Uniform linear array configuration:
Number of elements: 48
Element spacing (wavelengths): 0.25
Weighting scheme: exponential
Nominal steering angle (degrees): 0
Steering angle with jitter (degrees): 1.968
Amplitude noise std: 0.05
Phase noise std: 0.05

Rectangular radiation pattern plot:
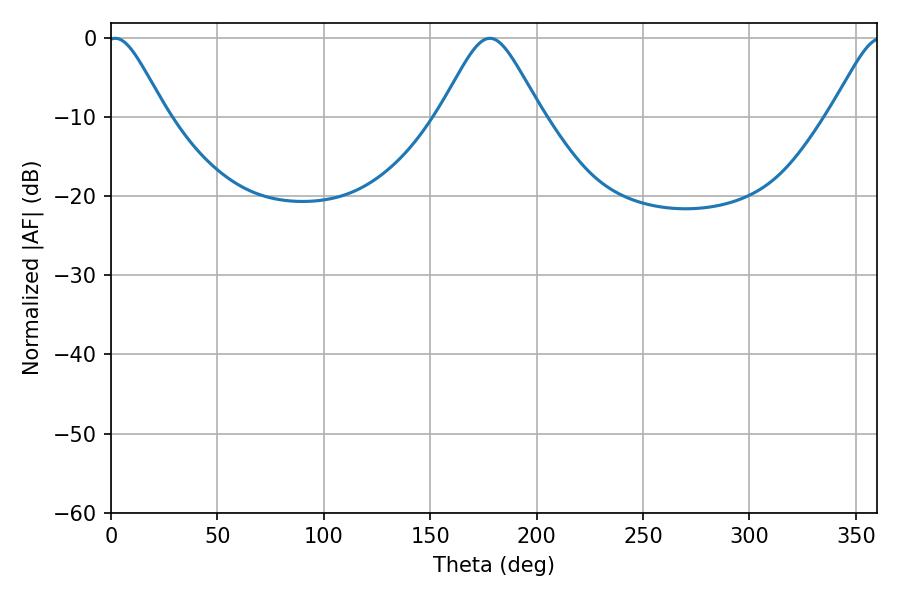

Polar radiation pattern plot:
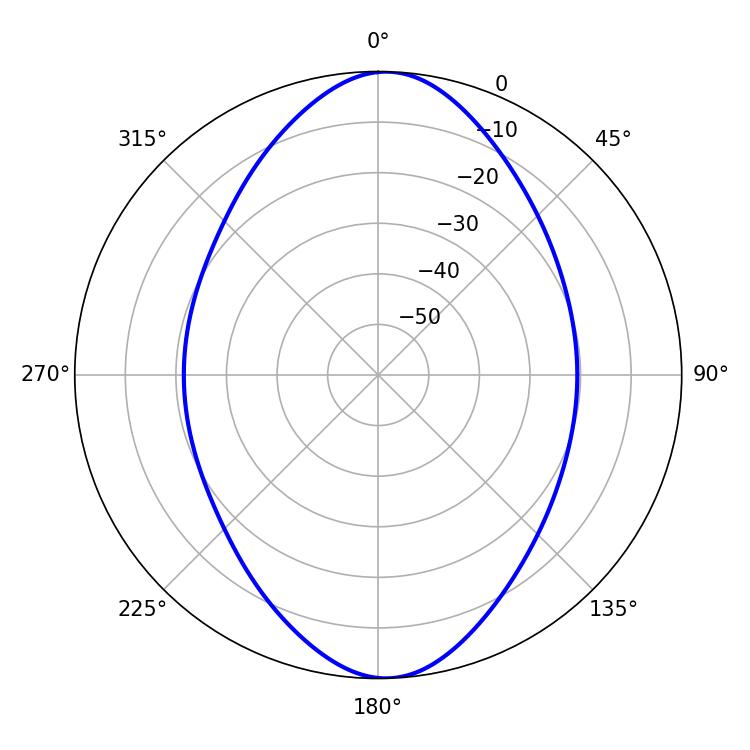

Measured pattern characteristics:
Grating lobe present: FALSE
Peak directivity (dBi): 17.617
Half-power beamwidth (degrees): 13.5
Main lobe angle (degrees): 1.98